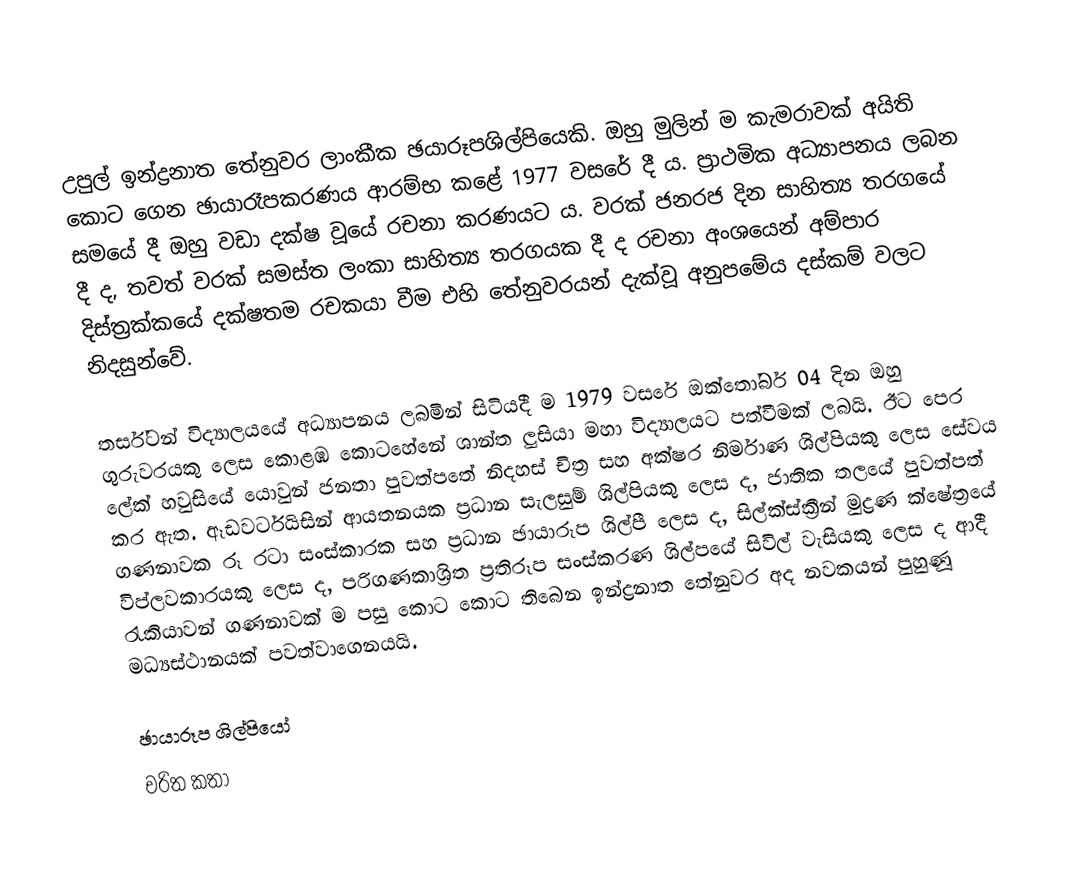
උපුල් ඉන්ද්‍රනාත තේනුවර ලාංකීක ඡයාරූපශිල්පියෙකි. ඔහු මුලින් ම කැමරාවක් අයිති කොට ගෙන ඡායාරෑපකරණය ආරම්භ කළේ 1977 වසරේ දී ය. ප්‍රාථමික අධ්‍යාපනය ලබන සමයේ දී ඔහු වඩා දක්ෂ වූයේ රචනා කරණයට ය. වරක් ජනරජ දින සාහිත්‍ය තරගයේ දී ද, තවත් වරක් සමස්ත ලංකා සාහිත්‍ය තරගයක දී ද රචනා අංශයෙන් අම්පාර දිස්ත්‍රක්කයේ දක්ෂතම රචකයා වීම එහි තේනුවරයන් දැක්වූ අනුපමේය දස්කම් වලට නිදසුන්වේ.

තර්ස්ටන් විද්‍යාලයයේ අධ්‍යාපනය ලබමින් සිටියදී ම 1979 වසරේ ඔක්තෝබර් 04 දින ඔහු ගුරුවරයකු ලෙස කොළඹ කොටහේනේ ශාන්ත ලුසියා මහා විද්‍යාලයට පත්වීමක් ලබයි. ඊට පෙර ලේක් හවුසියේ යොවුන් ජනතා පුවත්පතේ නිදහස් චිත්‍ර සහ අක්ෂර නිර්මාණ ශිල්පියකු ලෙස සේවය කර ඇත.  ඈඩවර්ටයිසින් ආයතනයක ප්‍රධාන සැලසුම් ශිල්පියකු ලෙස ද, ජාතික තලයේ පුවත්පත් ගණනාවක රූ රටා සංස්කාරක සහ ප්‍රධාන ඡායාරූප ශිල්පී ලෙස ද, සිල්ක්ස්ක්‍රීන් මුද්‍රණ ක්ෂේත්‍රයේ විප්ලවකාරයකු ලෙස ද, පරිගණකාශ්‍රිත ප්‍රතිරූප සංස්කරණ ශිල්පයේ සිවිල් වැසියකු ලෙස ද ආදී රැකියාවන් ගණනාවක් ම පසු කොට කොට තිබෙන ඉන්ද්‍රනාත තේනුවර අද නවකයන් පුහුණූ මධ්‍යස්ථානයක් පවත්වාගෙනයයි.

ඡායාරූප ශිල්පියෝ
චරිත කතා